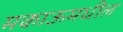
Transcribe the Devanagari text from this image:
मकाऊमधील